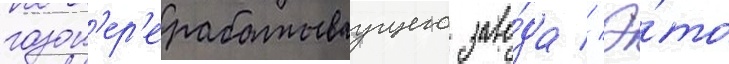
газоп'ер'ерабатываущего заво́да // Э́то